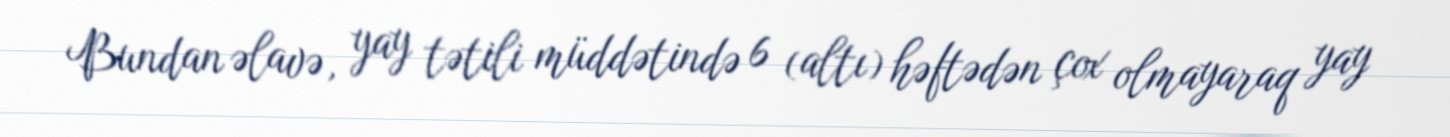
Bundan əlavə, yay tətili müddətində 6 (altı) həftədən çox olmayaraq yay